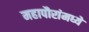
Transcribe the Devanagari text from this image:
महापौरांमध्ये